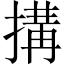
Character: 搆